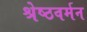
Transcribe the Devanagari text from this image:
श्रेष्ठवर्मन